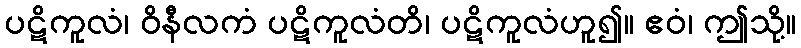
ပဋိကူလံ၊ ဝိနီလကံ ပဋိကူလံတိ၊ ပဋိကူလံဟူ၍။ ဧဝံ၊ ဤသို့။